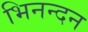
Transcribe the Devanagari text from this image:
भिनन्दन